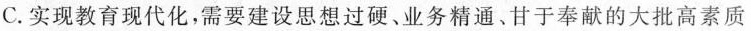
C.实现教育现代化，需要建设思想过硬、业务精通、甘于奉献的大批高素质